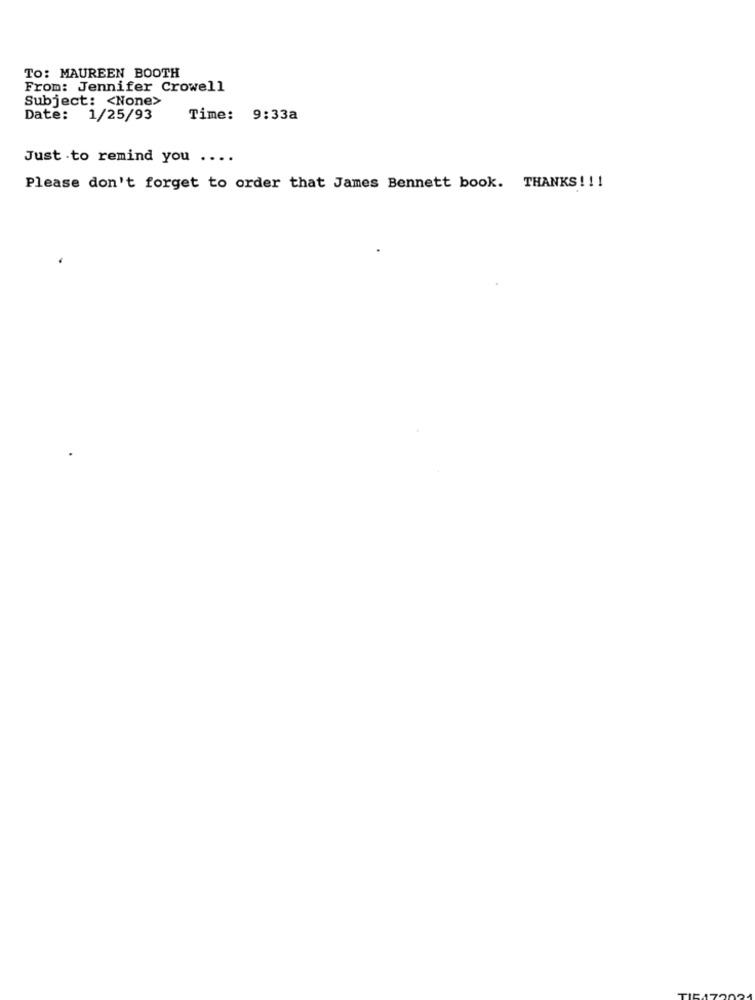
To: MAUREEN BOOTH
From: Jennifer Crowell
Subject: < None>
Date: 1/25/93
Time: 9:33a
Just .to remind you ....
Please don't forget to order that James Bennett book. THANKS! ! !